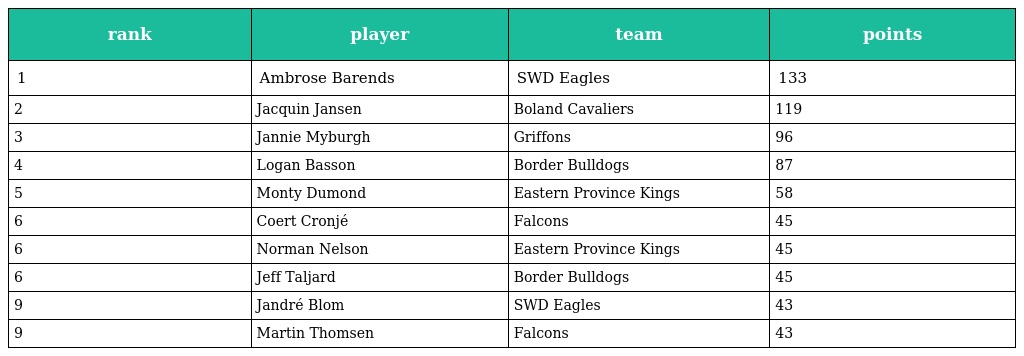
| rank | player | team | points |
 | --- | --- | --- | --- |
 | 1 | Ambrose Barends | SWD Eagles | 133 |
 | 2 | Jacquin Jansen | Boland Cavaliers | 119 |
 | 3 | Jannie Myburgh | Griffons | 96 |
 | 4 | Logan Basson | Border Bulldogs | 87 |
 | 5 | Monty Dumond | Eastern Province Kings | 58 |
 | 6 | Coert Cronjé | Falcons | 45 |
 | 6 | Norman Nelson | Eastern Province Kings | 45 |
 | 6 | Jeff Taljard | Border Bulldogs | 45 |
 | 9 | Jandré Blom | SWD Eagles | 43 |
 | 9 | Martin Thomsen | Falcons | 43 |